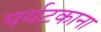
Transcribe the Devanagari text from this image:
पर्यटकाना